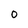
Character: 0